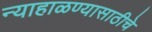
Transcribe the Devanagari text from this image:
न्याहाळण्यासाठीचे